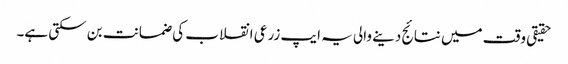
حقیقی وقت میں نتائج دینے والی یہ ایپ زرعی انقلاب کی ضمانت بن سکتی ہے۔